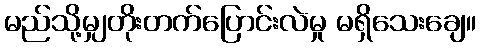
မည်သို့မျှတိုးတက်ပြောင်းလဲမှု မရှိသေးချေ။